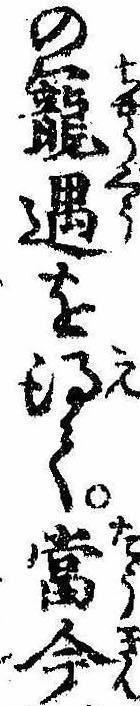
の寵遇を得て当今